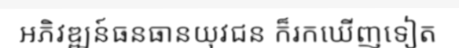
អភិវឌ្ឍន៍ធនធានយុវជន ក៏រកឃើញទៀត